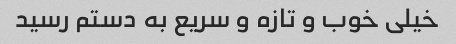
خیلی خوب و تازه و سریع به دستم رسید